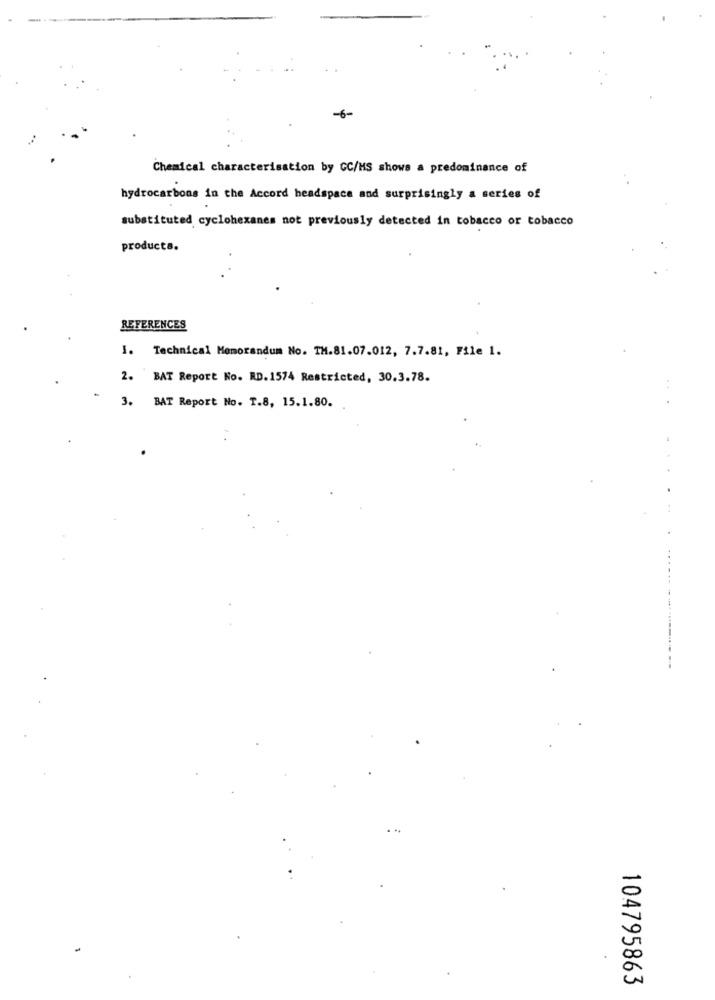
-6-
Chemical characterisation by GC/MS shows a predominance of
hydrocarbons in the Accord headspace and surprisingly a series of
substituted cyclohexanes not previously detected in tobacco or tobacco
products.
REFERENCES
I. Technical Memorandum No. TH.81.07.012, 7.7.81, File 1.
2. BAT Report No. RD. 1574 Restricted, 30.3.78.
3.
BAT Report No. T.8, 15.1.80.
104795863